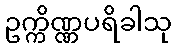
ဥက္ကိဏ္ဏပရိခါသု